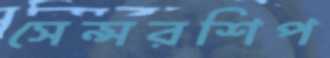
সেন্সরশিপ